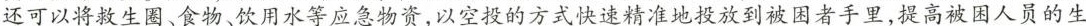
还可以将救生圈、食物、饮用水等应急物，以空投的方式快速精准地投放到被困者手里，提高被困人员的生